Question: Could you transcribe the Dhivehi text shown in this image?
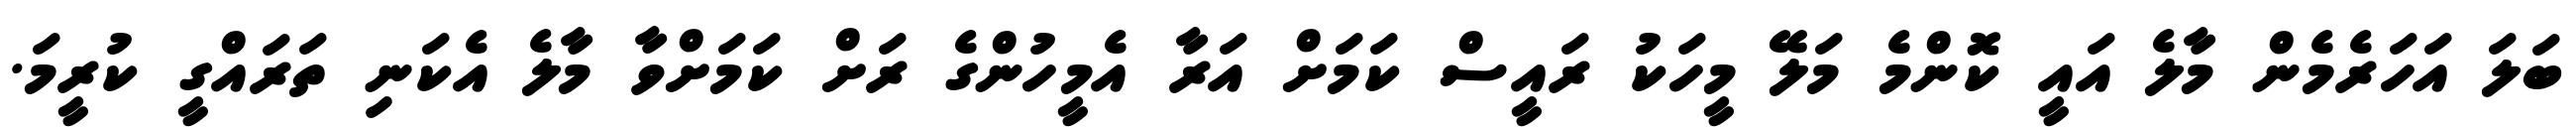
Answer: ބަލަ އަހަރެމެން މާލެ އައީ ކޮންމެ މަލޭ މީހަކު ރައީސް ކަމަށް އަރާ އެމީހުންގެ ރަށް ކަމަށްވާ މާލެ އެކަނި ތަރައްގީ ކުރީމަ.